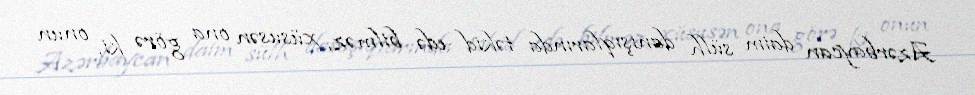
Azərbaycan daim sülh danışıqlarında təkid edə bilməz, xüsusən ona görə ki, onun